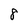
Character: 8